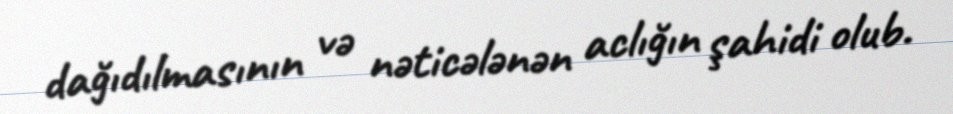
dağıdılmasının və nəticələnən aclığın şahidi olub.